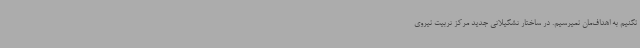
نکنیم به اهداف‌مان نمیرسیم. در ساختار تشکیلاتی جدید مرکز تربیت نیروی